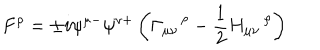
F ^ { \rho } = \pm i \psi ^ { \mu - } \psi ^ { \nu + } \left( \Gamma _ { \mu \nu } ^ { \quad \rho } - \frac { 1 } { 2 } H _ { \mu \nu } ^ { \quad \rho } \right)